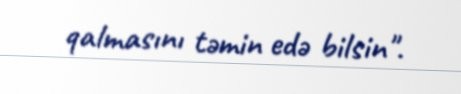
qalmasını təmin edə bilsin".